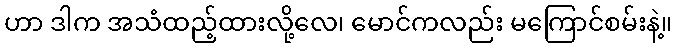
ဟာ ဒါက အသံထည့်ထားလို့လေ၊ မောင်ကလည်း မကြောင်စမ်းနဲ့။